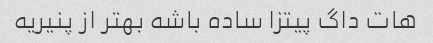
هات داگ پیتزا ساده باشه بهتر از پنیریه